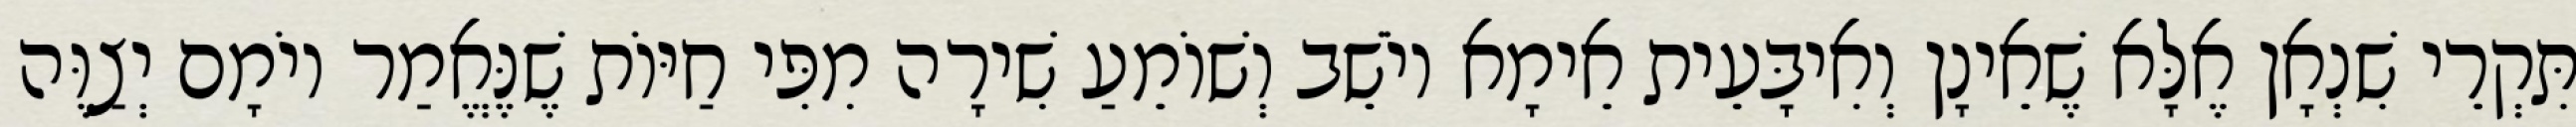
תִּקְרֵי שִׁנְאָן אֶלָּא שֶׁאֵינָן וְאִיבָּעֵית אֵימָא יוֹשֵׁב וְשׁוֹמֵעַ שִׁירָה מִפִּי חַיּוֹת שֶׁנֶּאֱמַר יוֹמָם יְצַוֶּה